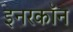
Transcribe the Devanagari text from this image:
इनरकॉन